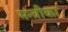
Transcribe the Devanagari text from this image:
मन्त्रीका